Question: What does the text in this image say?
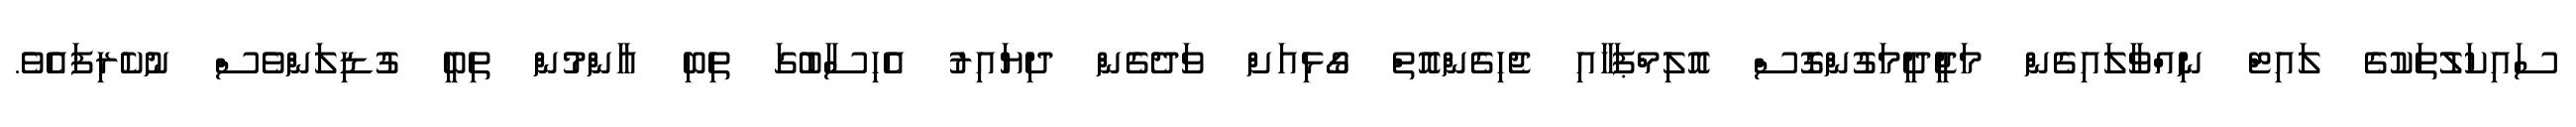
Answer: ސައިކަލުތަކުގެ ލައިޓް ނިއްވާލައިގެން މަޖީދީމަގުންގޮސް އޮލިމްޕަހާއި ޖެހިގެންއޮތް ގޯޅިއަށް ވަދެގެން ދިޔައިރު އެހިސާބުގަ ތިބި އާންމުން ތިބީ ގުޑިލަންވެސް ނުކެރިފައެވެ.